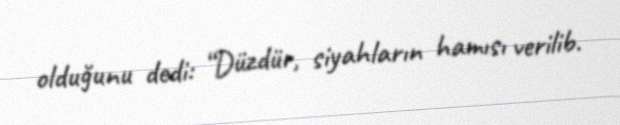
olduğunu dedi: “Düzdür, siyahların hamısı verilib.